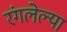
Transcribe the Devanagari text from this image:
रंगलेल्या